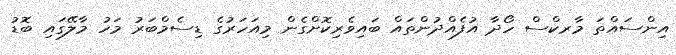
އިންސައްތަ މާރކްސް ހޯދާ އުފެއްދުންތައް ބައިވެރިކޮށްގެން މިއަހަރުގެ ޑިސެމްބަރު މަހު މާލޭގައި ބޮޑު